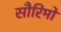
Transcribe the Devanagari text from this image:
सौरिमो